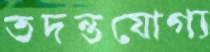
তদন্তযোগ্য